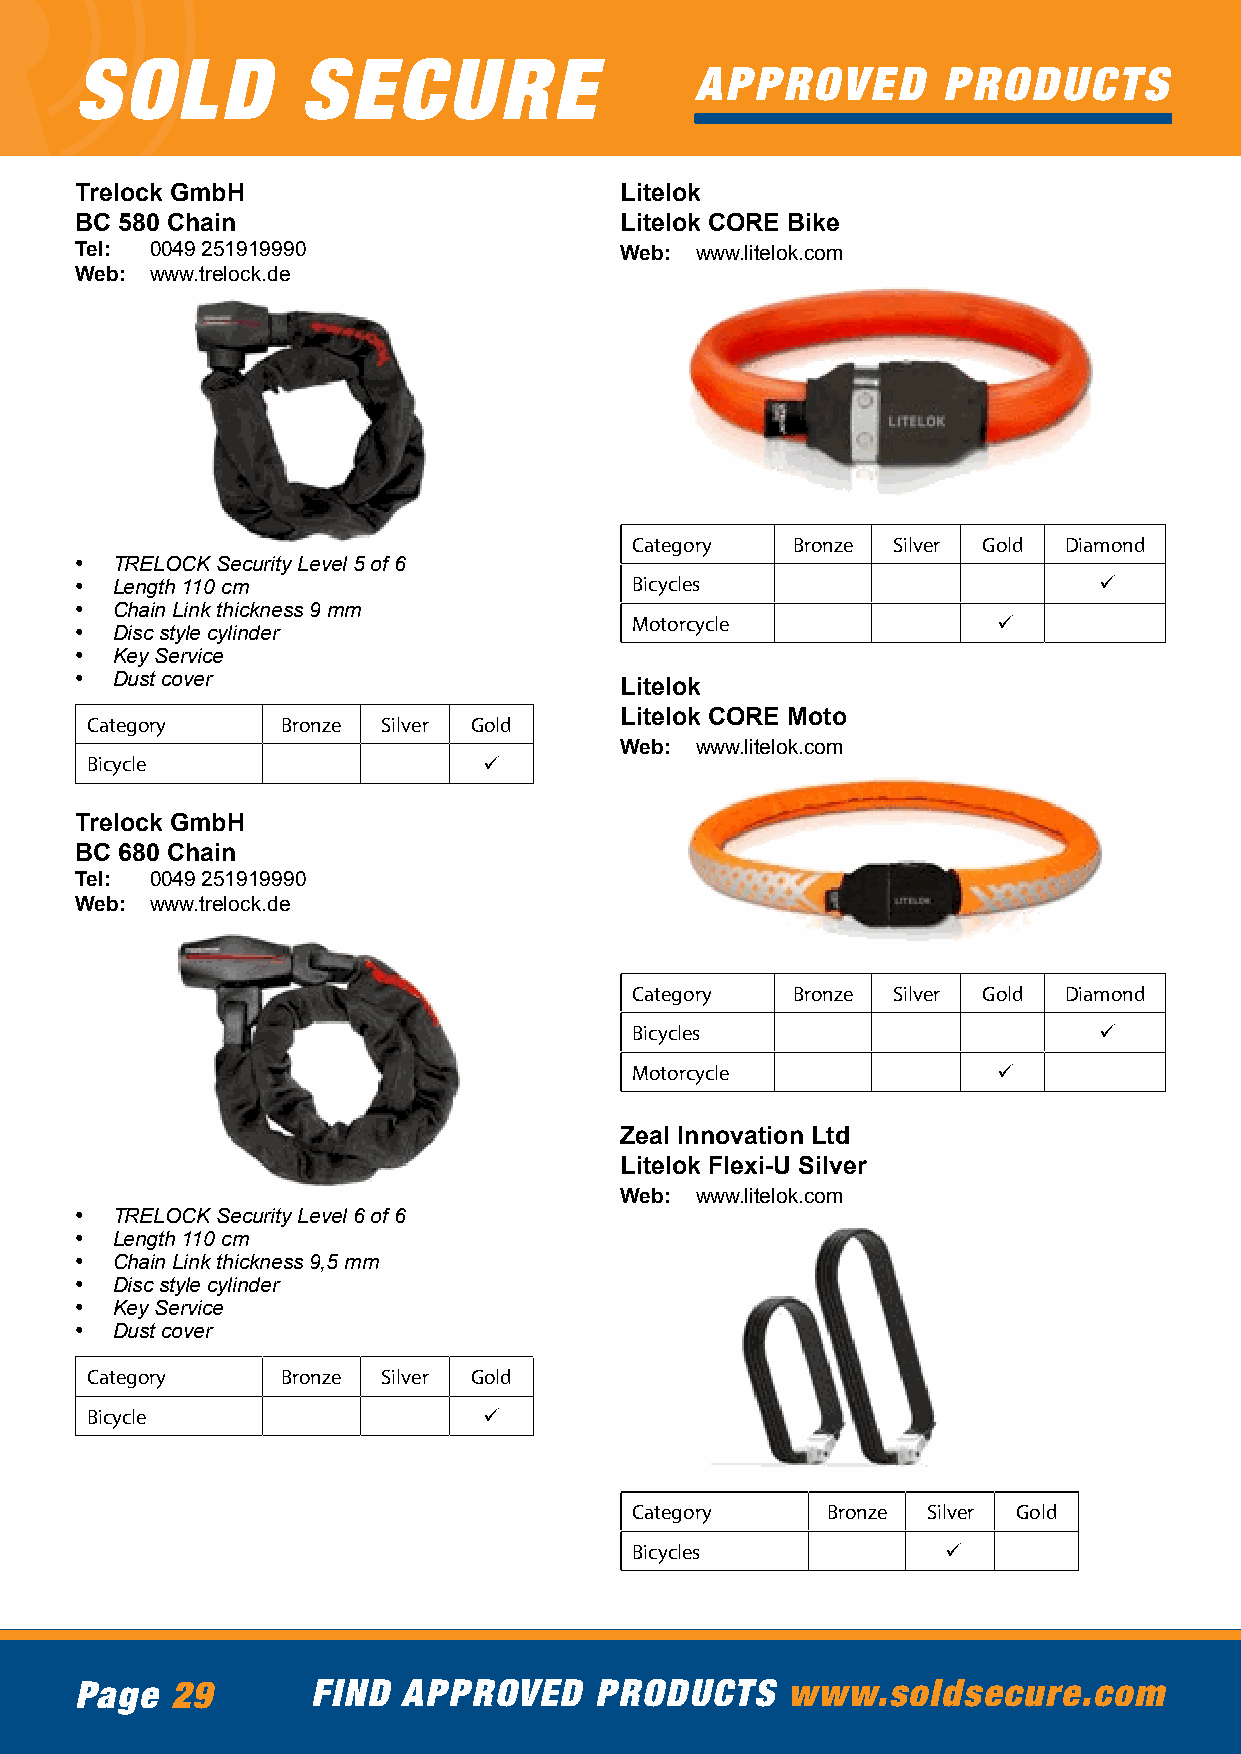
SOLD           SECURE
 APPROVED        PRODUCTS
 Trelock GmbH                        Litelok
 BC 580 Chain                        Litelok CORE Bike
 Tel: 0049 251919990                 Web: www.litelok.com
 Web: www.trelock.de
 Category  Bronze Silver Gold Diamond
 • TRELOCK Security Level 5 of 6
 • Length 110 cm                      Bicycles                       ü
 • Chain Link thickness 9 mm
 Motorcycle              ü
 • Disc style cylinder
 • Key Service
 • Dust cover
 Litelok
 Litelok CORE Moto
 Category     Bronze Silver Gold
 Web: www.litelok.com
 Bicycle                   ü
 Trelock GmbH
 BC 680 Chain
 Tel: 0049 251919990
 Web: www.trelock.de
 Category  Bronze Silver Gold Diamond
 Bicycles                       ü
 Motorcycle              ü
 Zeal Innovation Ltd
 Litelok Flexi-U Silver
 Web: www.litelok.com
 • TRELOCK Security Level 6 of 6
 • Length 110 cm
 • Chain Link thickness 9,5 mm
 • Disc style cylinder
 • Key Service
 • Dust cover
 Category     Bronze Silver Gold
 Bicycle                   ü
 Category     Bronze Silver Gold
 Bicycles            ü
 Page  29        FIND  APPROVED    PRODUCTS     www.soldsecure.com